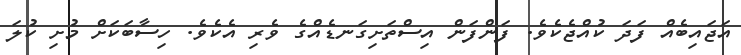
އަޖައިބެއް ފަދަ ކުއްޖެކެވެ. ފަންފަން އިސްތަށިގަނޑެއްގެ ވެރި އެކެވެ. ހިސާބަކަށް މުށި ކުލަ